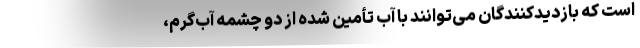
است که بازدیدکنندگان می‌توانند با آب تأمین شده از دو چشمه آب‌گرم،